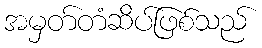
အမှတ်တံဆိပ်ဖြစ်သည်